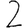
Digit: 2